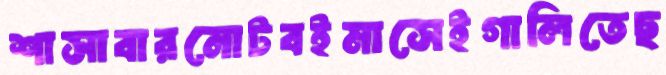
শাসাবারনোটবইমাসেইগালিতেছ